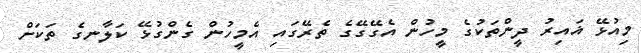
މިއުޅޭ ޣައިރު ދީންތަކުގެ މީހުން އެގޭގޭގެ ތެރޭގައި އެމީހުން ގެންގުޅޭ ކަލާނގެ ތަކަށް